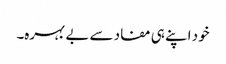
خود اپنے ہی مفاد سے بے بہرہ۔